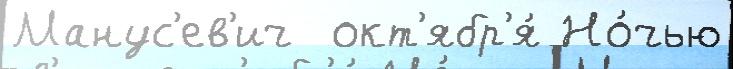
Манус'ев'ич  окт'ябр'я́ Но́чью